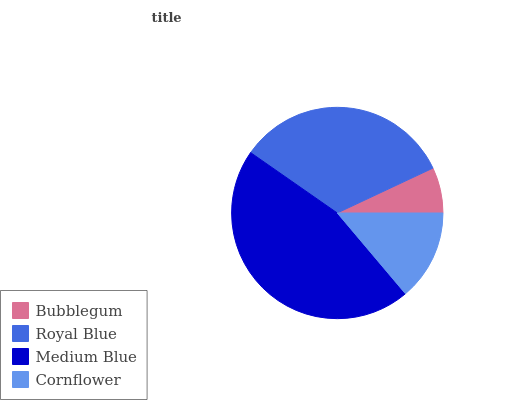
| Bubblegum | Royal Blue | Medium Blue | Cornflower |
 | --- | --- | --- | --- |
 | 6.99% | 33.3% | 45.9% | 13.9% |